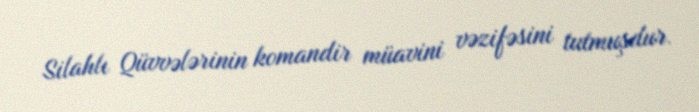
Silahlı Qüvvələrinin komandir müavini vəzifəsini tutmuşdur.